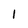
Character: 1